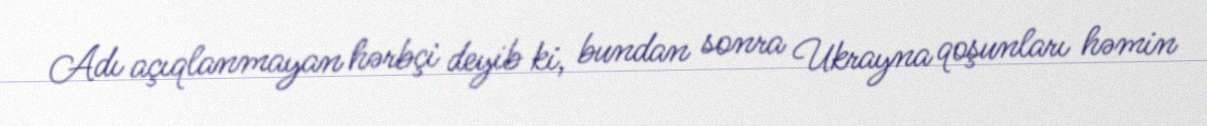
Adı açıqlanmayan hərbçi deyib ki, bundan sonra Ukrayna qoşunları həmin